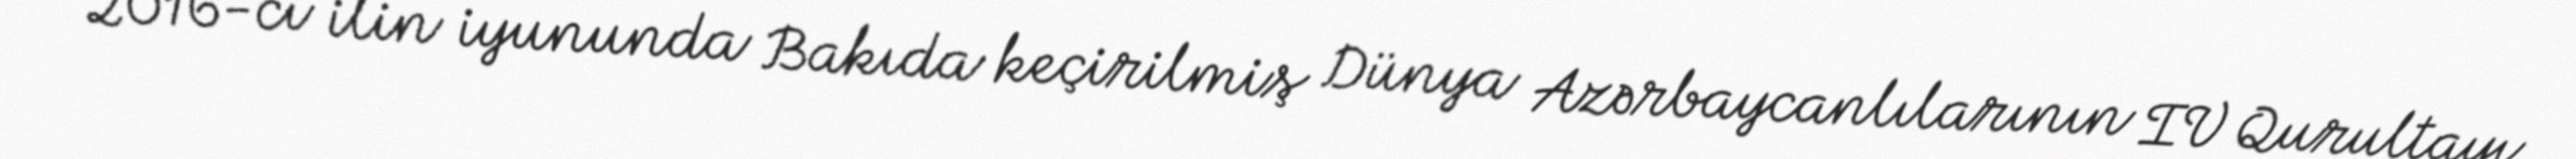
2016-cı ilin iyununda Bakıda keçirilmiş Dünya Azərbaycanlılarının IV Qurultayı